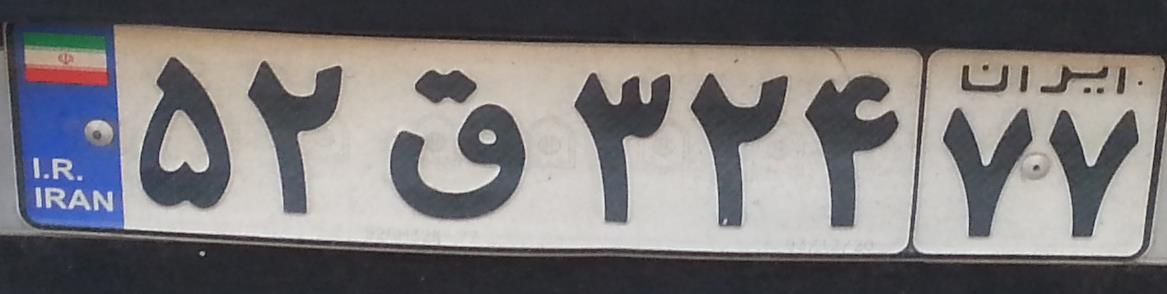
۵۲ق۳۲۴۷۷